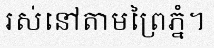
រស់នៅតាមព្រៃភ្នំ។